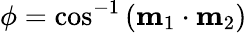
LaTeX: \phi=\cos^{-1}{\left(\mathbf{m}_{1}\cdot\mathbf{m}_{2}\right)}